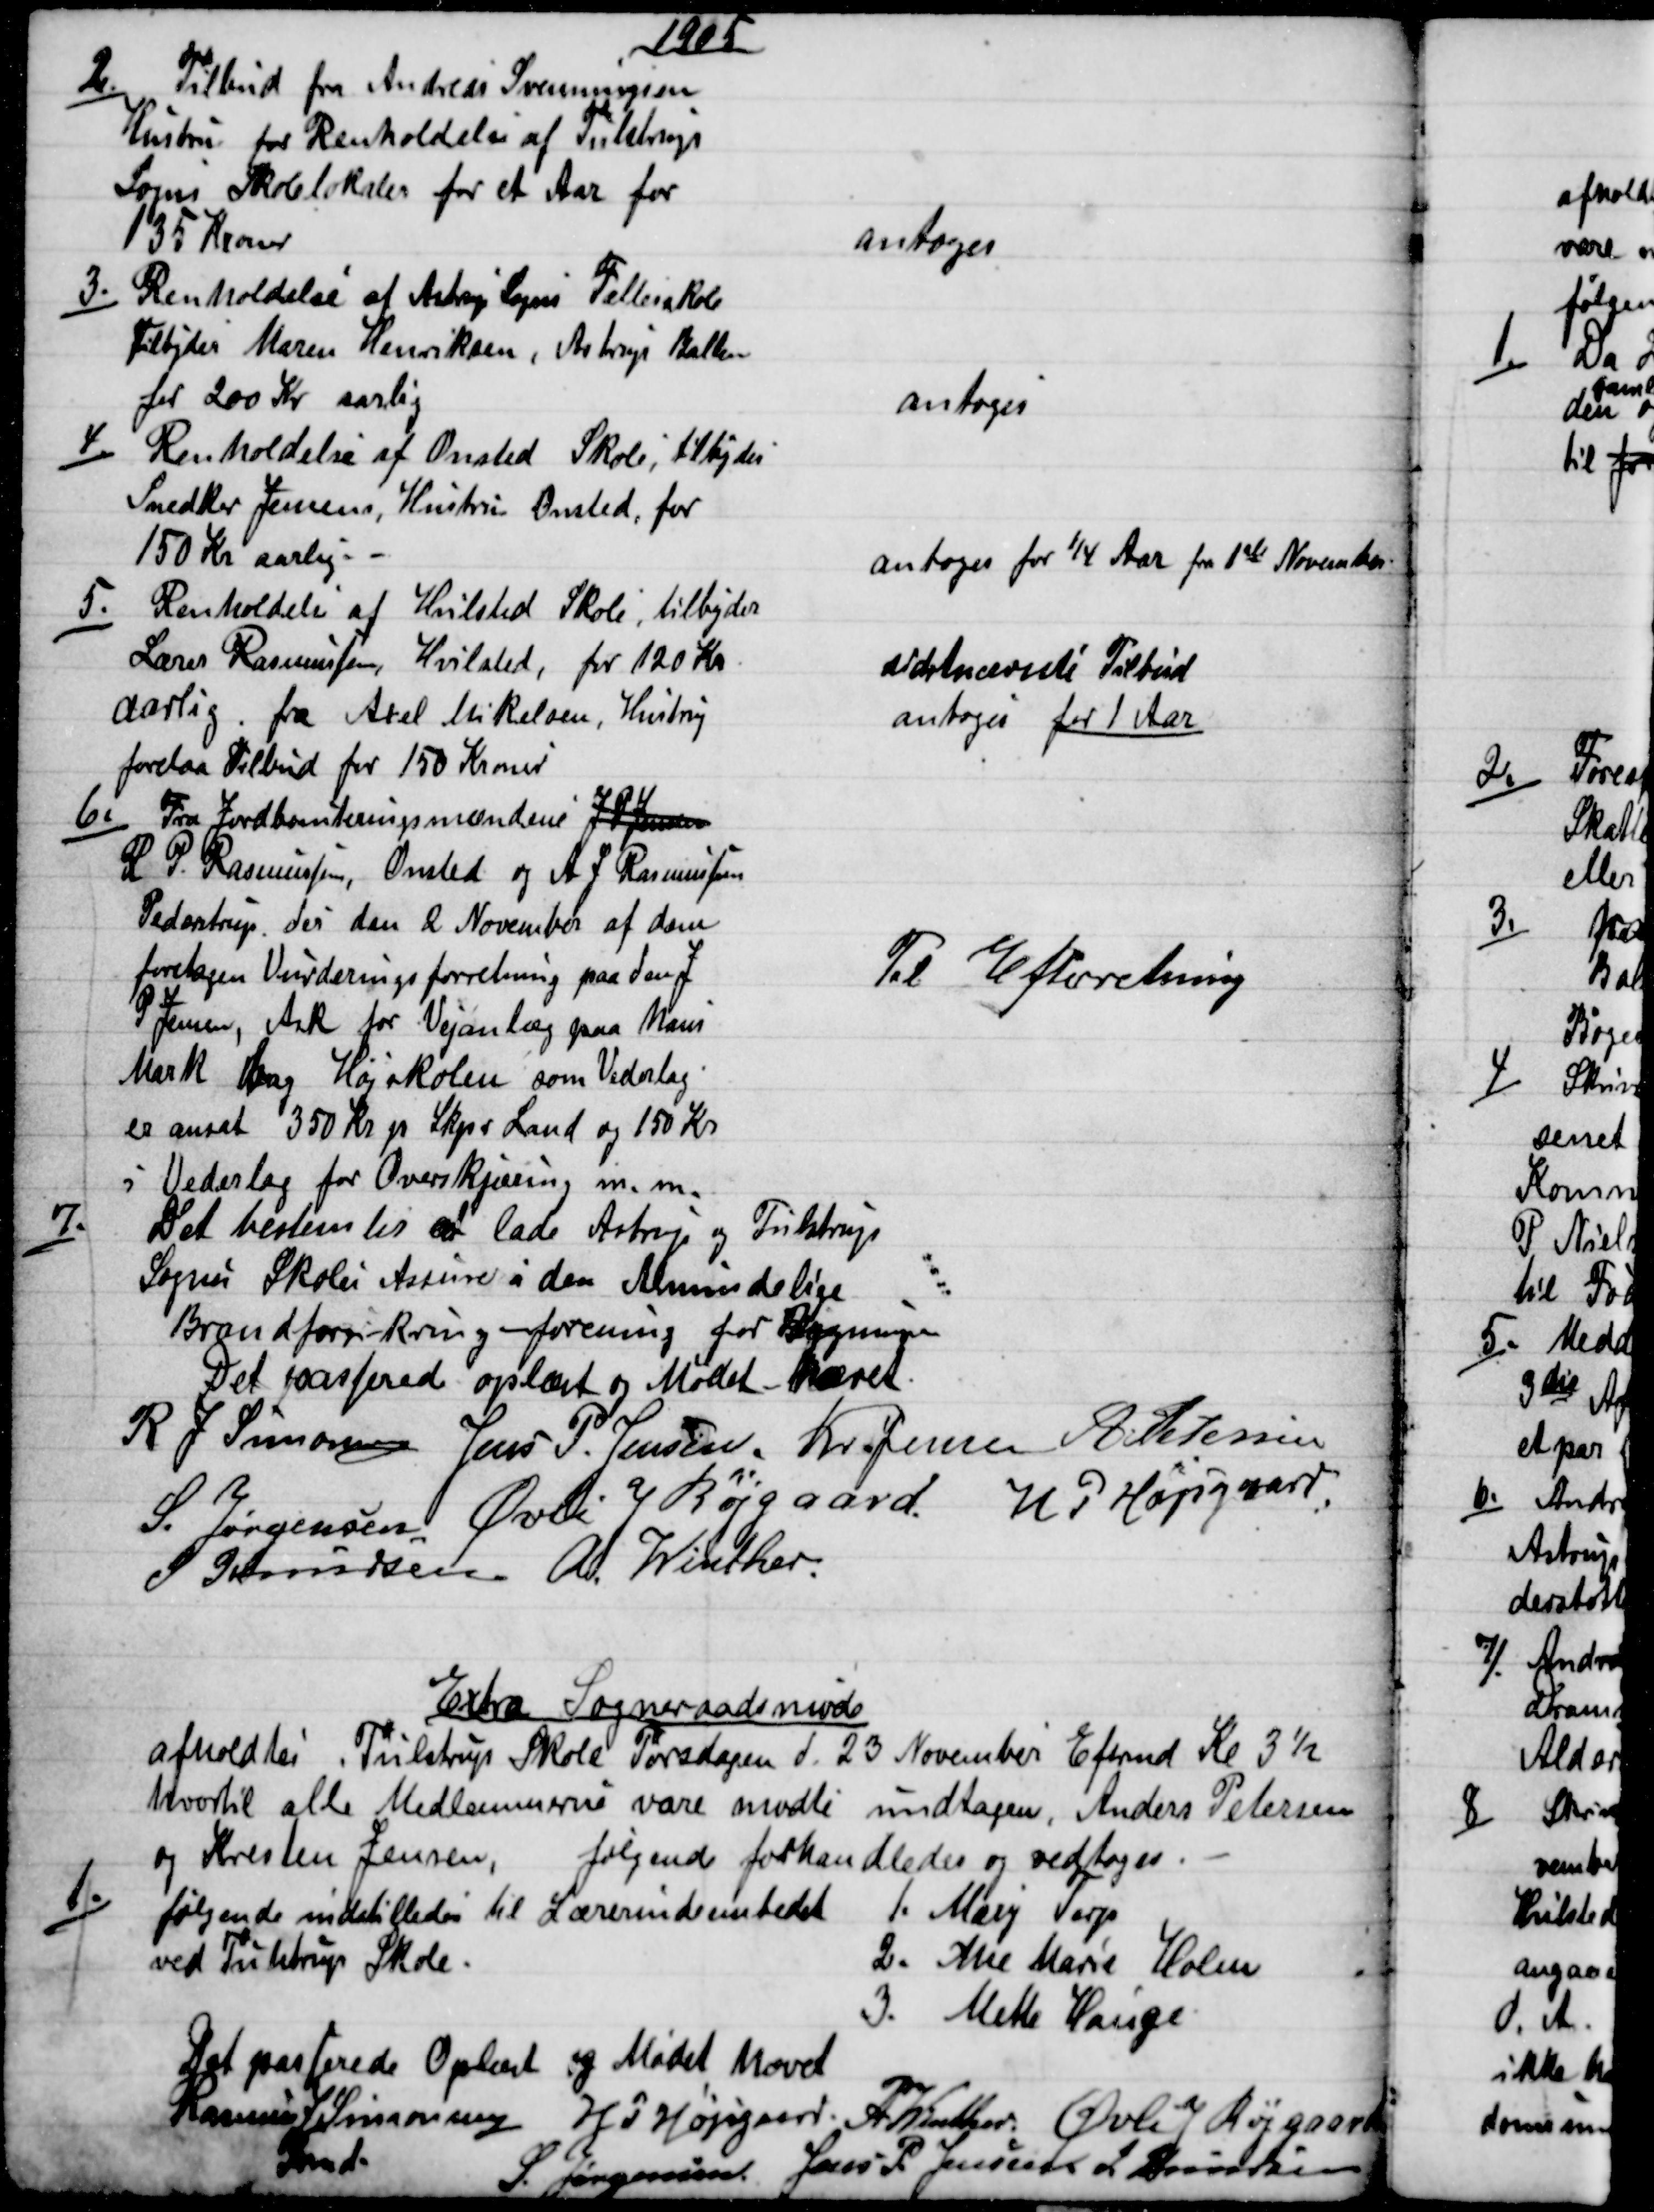
Transskription:
1905
2.)
Tilbud fra Andreas Svenningsen
Hustru for Renholdelse af Tulstrup
Sogns Skolelokaler for et Aar for
135 Kroner
antoges
3.)
Renholdelse af Astrup Sogns Fællesskole
Tilbyder Maren Henriksen, Astrup Ballen
for 200 Kr aarlig
antoges
4.)
Renholdelse af Onsted Skole, tilbyder
Snedker Jensens, Hustru Onsted, for
150 Kr aarlig.
antoges for ¼ Aar fra 1ste November
5.)
Renholdelse af Hvilsted Skole, tilbyder
Lærer Rasmussen, Hvilsted, for 120 Kr
Aarlig fra Axel Mikelsen, Hustruj
forelaa Tilbud for 150 Kroner
sidstnævnte Tilbud
antoges for 1 Aar
6.)
Fra Jordboniteringsmændens J P Jensen
R P. Rasmussen Onsted og A J Rasmusen
Pederstrup, der den 2 November af dem
foretagen Vurderingsforretning paa den J
P Jensen, Ask for Vejanlæg paa hans
Mark bag Højskolen som Vederlag.
er ansat 350 Kr pr Skpr Land og 150 Kr
i Vederlag for Overskjæring m. m.
Til Efterretning
7.)
Det bestemtes at lade Astrup og Tulstrup
Sognes Skoles Assure i den Almindelige
Brandforsikring-forening for Bygninger
Det passered oplæst og Mødet hævet.
R J Simonsen Jens P. Jensen. Kr. Jensen A. Petersen
S. Jørgensen. Øvli J Rørgaard
H. P. Højgaard
J Knudsen A. Winther
Extra Sogneraadsmøde
afholdtes Tulstrup Skole Torsdagen d. 23 November Eftrmd Kl 3½
hvortil alle Medlemmerne vare mødte undtagen, Anders Petersen
og Kresten Jensen, følgende forhandledes og vedtoges.
1.)
følgende indstilledes til Lærerindeembedet
ved Tulstrup Skole.
1. Mary Tarp
2. Ane Marie Holm
3. Mette Hauge
Det passerede Oplæst og Mødet hævet
Rasmus J. Simonsen
Frmd.
H P Højsgaard.
A. Winther. Øvli J Røjgaard
S. Jørgensen
Jens P. Jensen J Knudsen